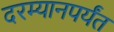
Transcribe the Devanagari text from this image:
दरम्यानपर्यंत